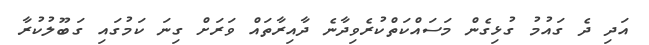
އަދި ދެ ގައުމު ގުޅިގެން މަސައްކަތްކުރެވިދާނެ ދާއިރާތައް ވަރަށް ގިނަ ކަމުގައި ގަބޫލުކުރާ